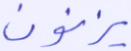
يزنون